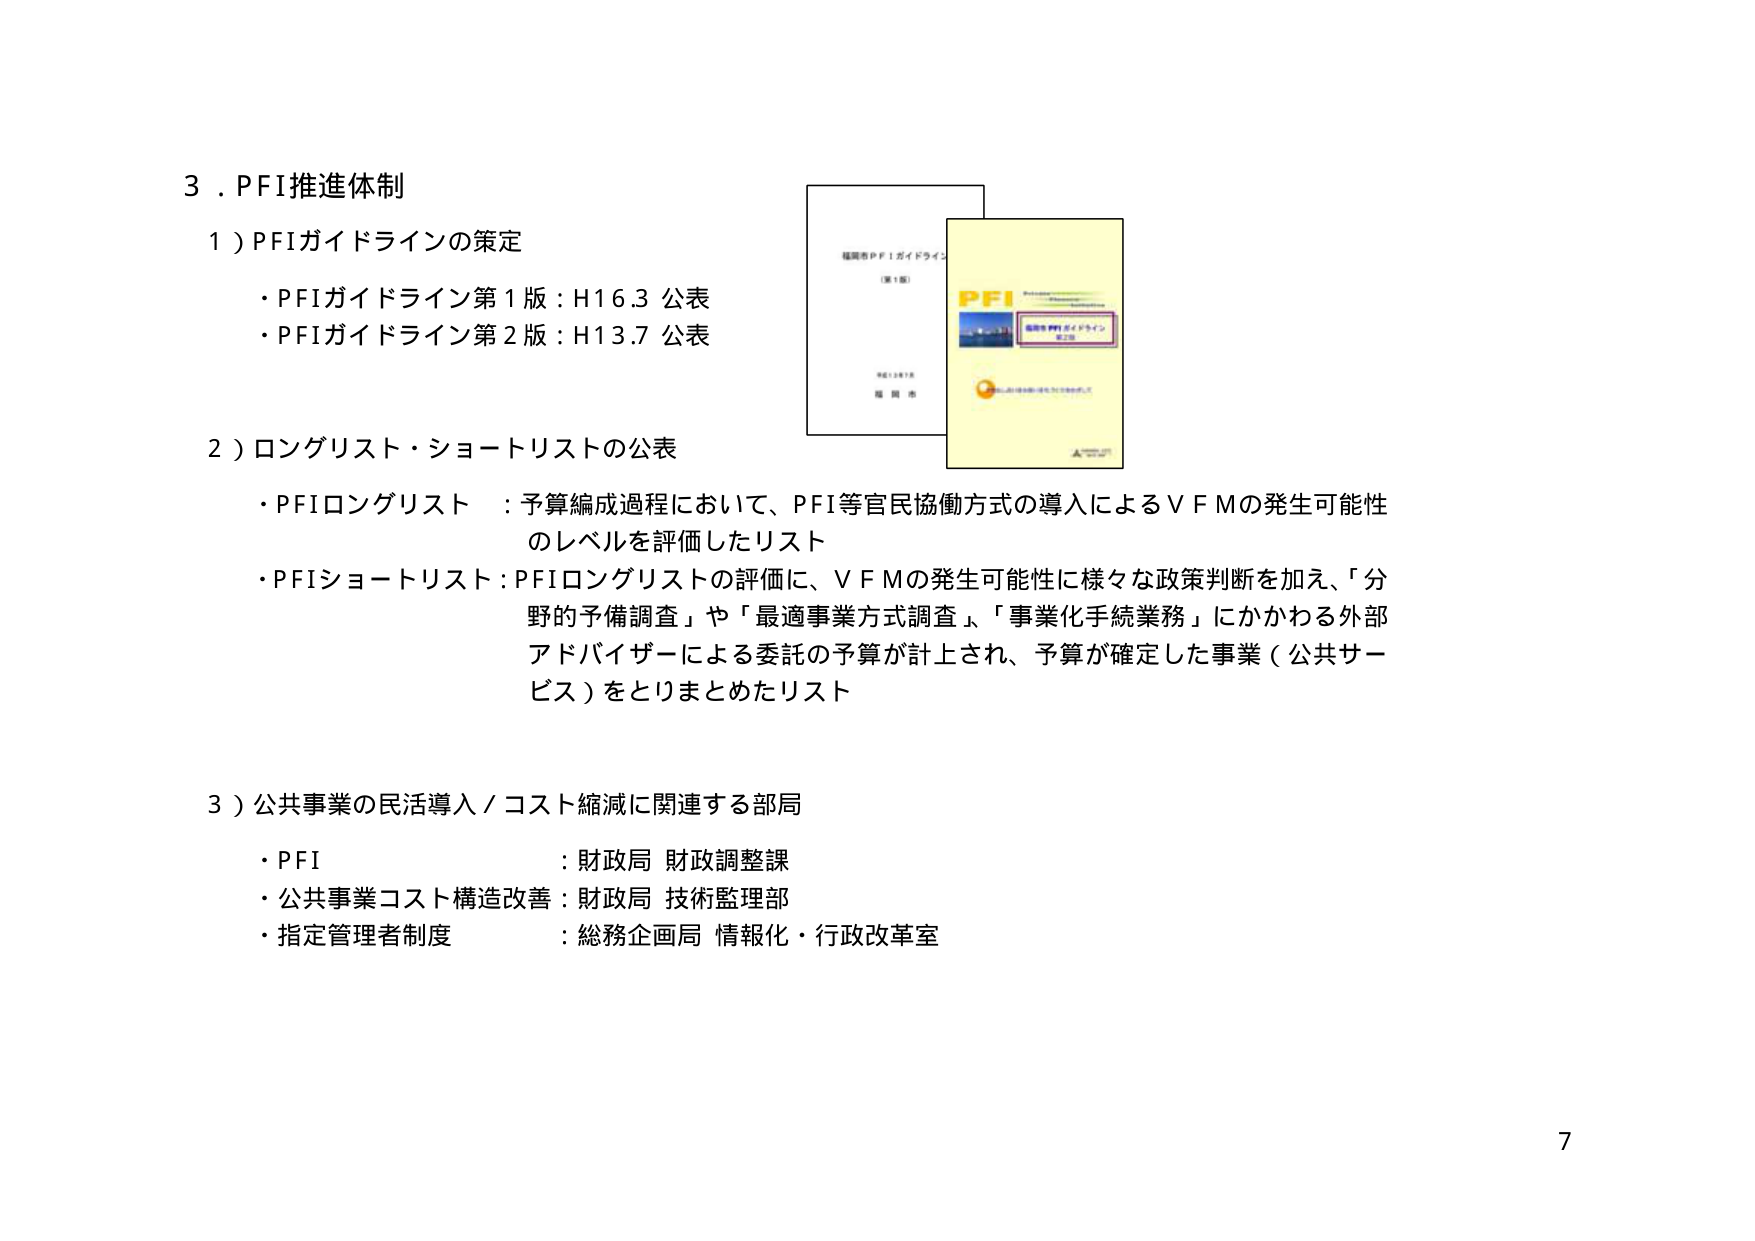
3．PFI推進体制

1）PFIガイドラインの策定
・PFIガイドライン第1版：H16.3 公表
・PFIガイドライン第2版：H13.7 公表

2）ロングリスト・ショートリストの公表
・PFIロングリスト：予算編成過程において、PFI等官民協働方式の導入によるVFMの発生可能性のレベルを評価したリスト
・PFIショートリスト：PFIロングリストの評価に、VFMの発生可能性に様々な政策判断を加え、「分野的予備調査」や「最適事業方式調査」、「事業化手続業務」にかかわる外部アドバイザーによる委託の予算が計上され、予算が確定した事業（公共サービス）をとりまとめたリスト

3）公共事業の民活導入／コスト縮減に関連する部局
・PFI：財政局 財政調整課
・公共事業コスト構造改善：財政局 技術監理部
・指定管理者制度：総務企画局 情報化・行政改革室

7